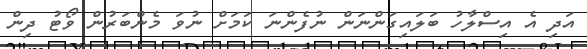
އަދި އެ އިސްލާހު ބަލައިގަންނަން ނުފެންނަ ކަމަށް ނުވަ މެންބަރުން ވޯޓު ދިން